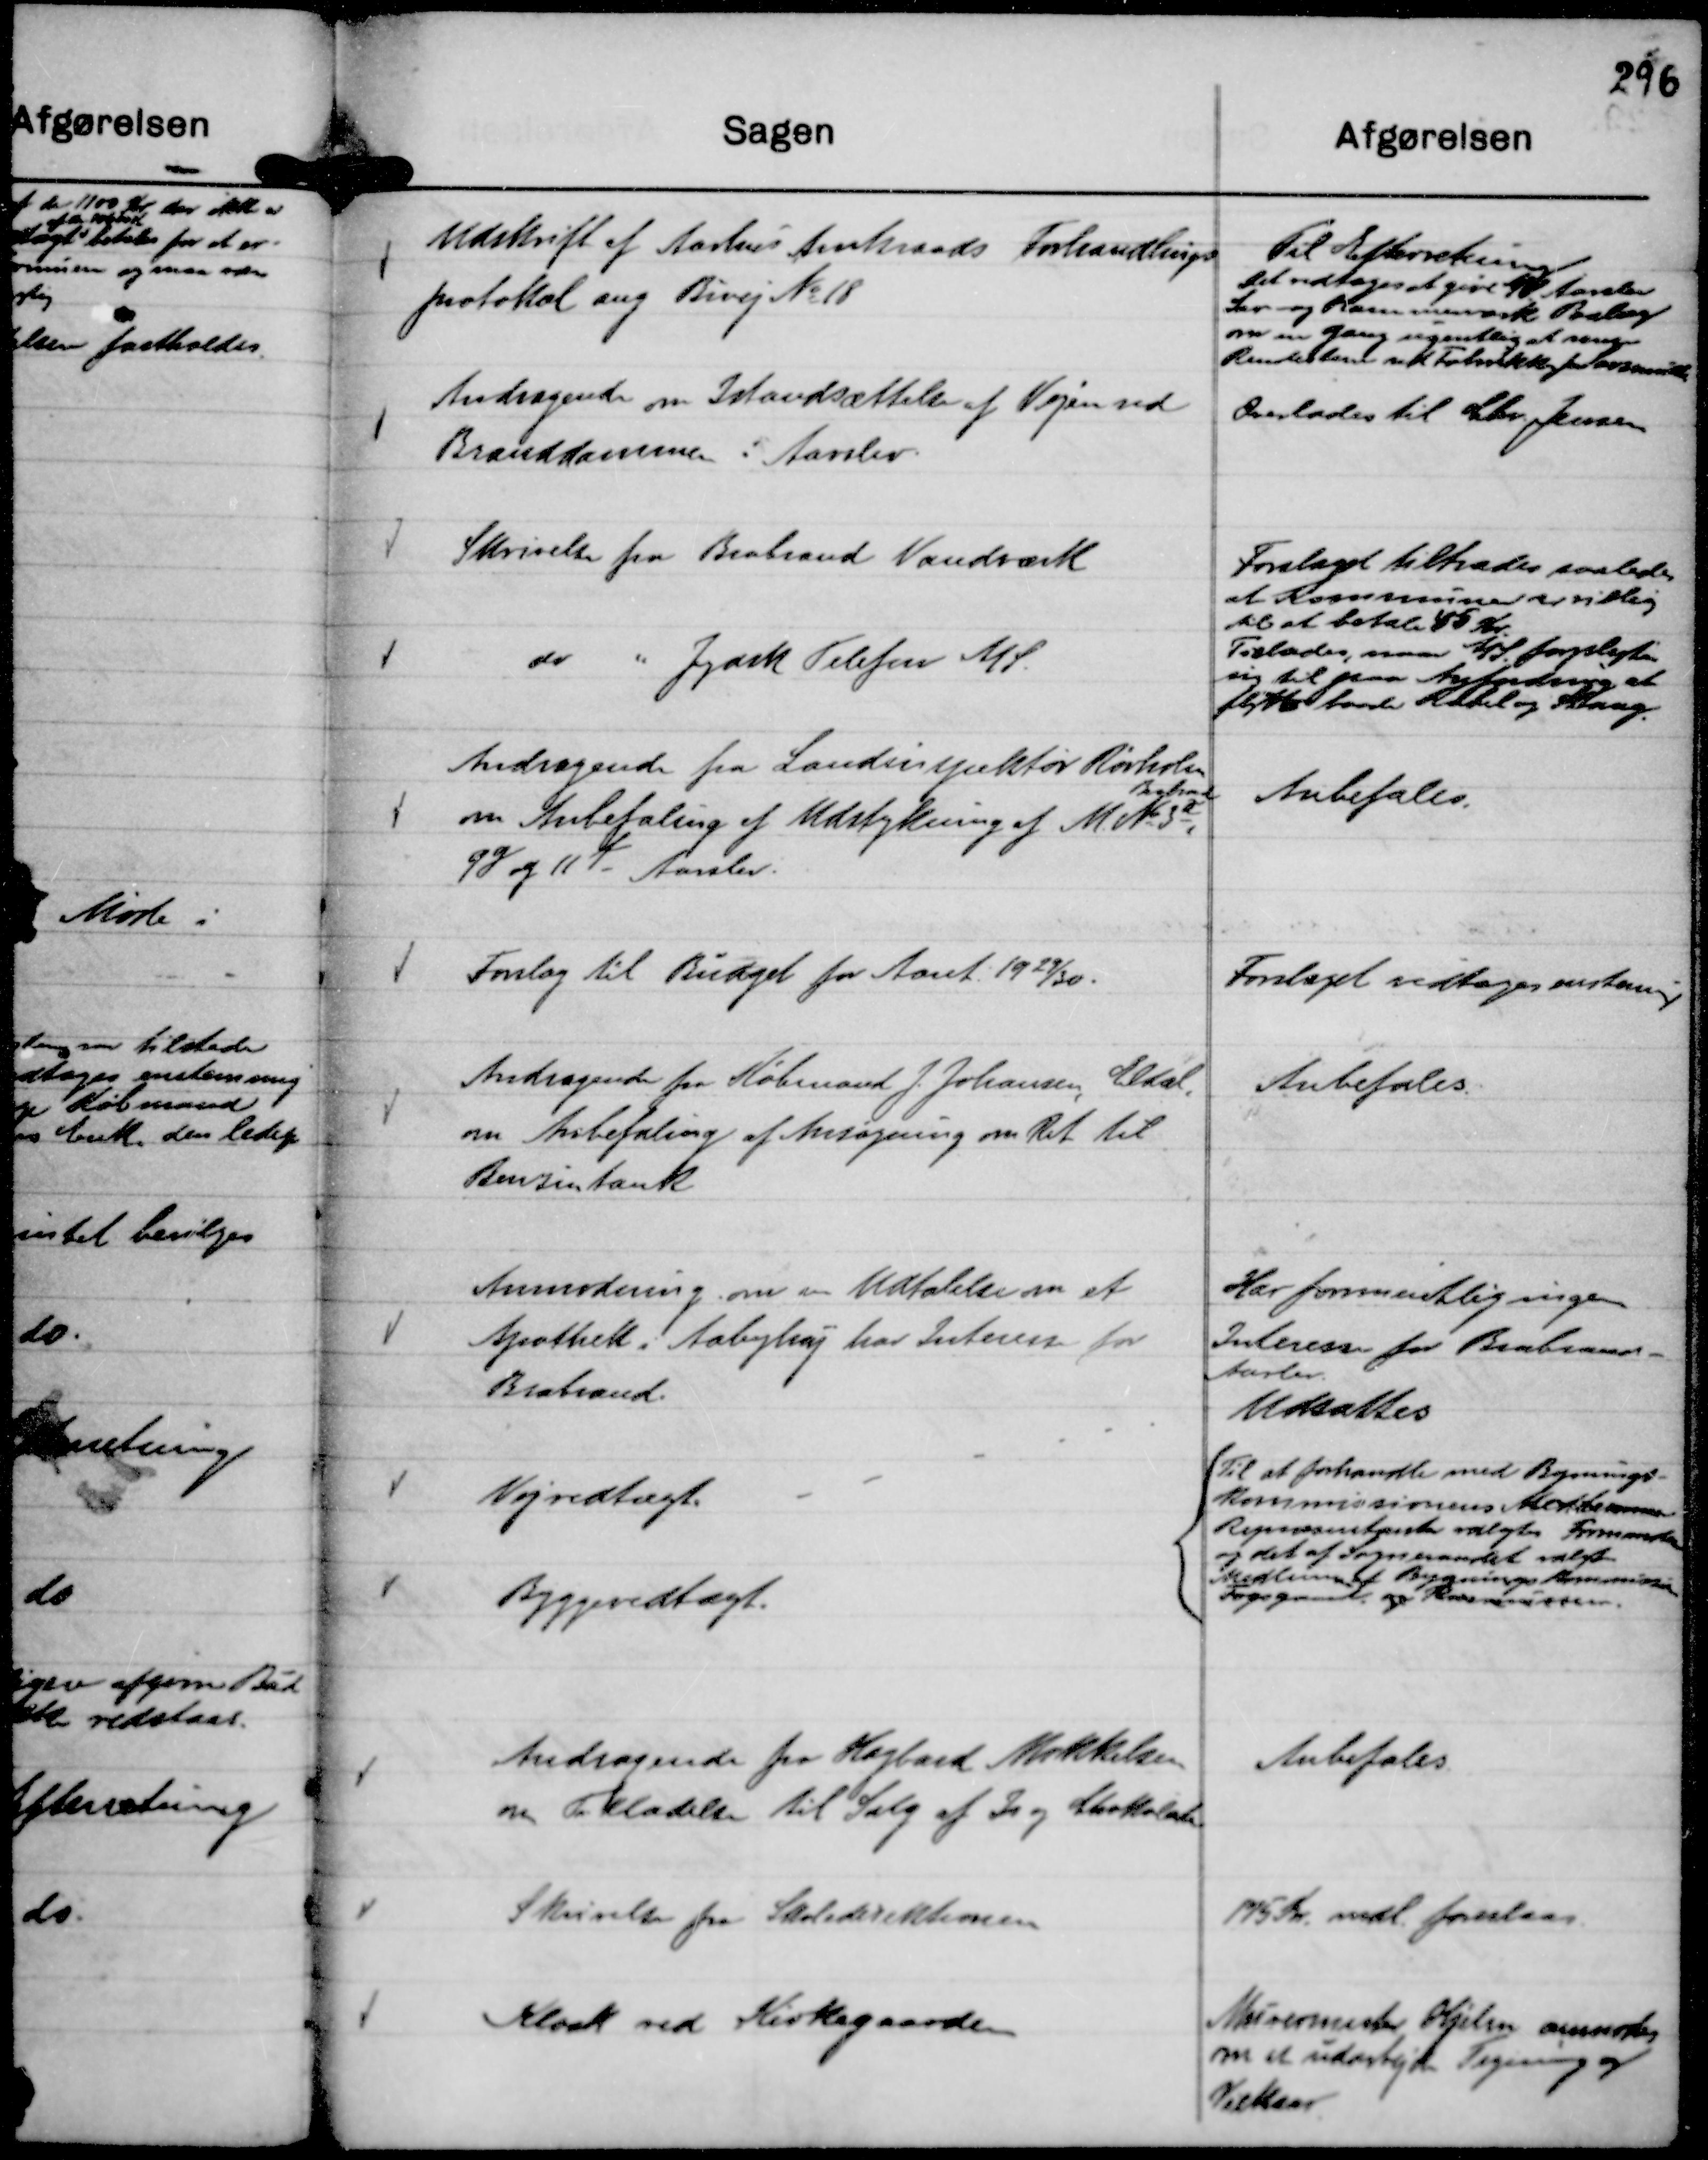
Transskription:
Udskrift af Aarhus Amtsraads Forhandlings
protokol ang Bivej No 18

Til Efterretning
Det vedtoges at give A/S Aarslev
Sav- og Hammerværk Paalæg
om en gang ugentlig at rengøre
Rendestene ved Fortovsstkk for Lovsminde

Andragende om Istandsættelse af Vejen ved
Branddammen i Aarslev.

Overlades til Chr. Jensen

Skrivelse fra Brabrand Vandværk

Forslaget tiltrædes saaledes
at Kommunen er villig
til at betale 45 Kr.

do
" Jydsk Telefon A/S.

Tillades naar A/S forpligter
sig til paa Anfordring at
flytte baade Kabel og Stang.

Andragende fra Landinspektør Rørholm

om Anbefaling af Udstykning af M. No 3 a, Brabrand
9 g og 11 f - Aarslev.

Anbefales.

Forslag til Budget for Aaret 19 29/30.

Forslaget vedtoges enstemig

Andragende fra Købmand J. Johansen, Eldal,
om Anbefaling af Ansøgning om Ret til
Benzintank

Anbefales.

Anmodning om en Udtalelse om et
Apothek i Aabyhøj har Interesse for
Brabrand.

Har formentlig ingen
Interesse for Brabrand -
Aarslev
Udsættes

Vejvedtægt.
Byggevedtægt.

Til at forhandle med Bygnings-
kommissionens Medlemmers
Repræsentanter valgtes Formanden
og det af Sogneraadet valgte
Medlem af Bygningskommissionen
Fogsgaard . og Rasmussen.

Andragende fra Hagbard Mikkelsen
om Tilladelse til Salg af Is og Chokolade.

Anbefales.

Skrivelse fra Skoledirektionen

175 Kr. mdl. foreslaas.

Kloak ved Kirkegaarden

Murermester Hjelm anmodes
om at udarbejde Tegning og
Vilkaar